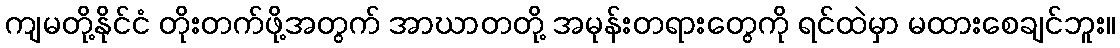
ကျမတို့နိုင်ငံ တိုးတက်ဖို့အတွက် အာဃာတတို့ အမုန်းတရားတွေကို ရင်ထဲမှာ မထားစေချင်ဘူး။